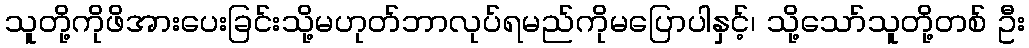
သူတို့ကိုဖိအားပေးခြင်းသို့မဟုတ်ဘာလုပ်ရမည်ကိုမပြောပါနှင့်၊ သို့သော်သူတို့တစ် ဦး